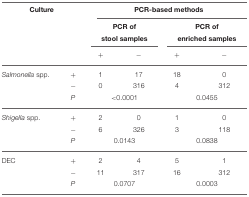
<table><thead><tr><td colspan="2"><b>Culture</b></td><td colspan="4"><b>PCR-based methods</b></td></tr><tr><td></td><td></td><td colspan="2"><b>PCR of stool samples</b></td><td colspan="2"><b>PCR of enriched samples</b></td></tr><tr><td colspan="2"></td><td><b>+</b></td><td><b>−</b></td><td><b>+</b></td><td><b>−</b></td></tr></thead><tbody><tr><td><i>Salmonella</i> spp.</td><td>+</td><td>1</td><td>17</td><td>18</td><td>0</td></tr><tr><td></td><td>−</td><td>0</td><td>316</td><td>4</td><td>312</td></tr><tr><td></td><td><i>P</i></td><td colspan="2">&lt; 0.0001</td><td colspan="2">0.0455</td></tr><tr><td><i>Shigella</i> spp.</td><td>+</td><td>2</td><td>0</td><td>1</td><td>0</td></tr><tr><td></td><td>−</td><td>6</td><td>326</td><td>3</td><td>118</td></tr><tr><td></td><td><i>P</i></td><td colspan="2">0.0143</td><td colspan="2">0.0838</td></tr><tr><td>DEC</td><td>+</td><td>2</td><td>4</td><td>5</td><td>1</td></tr><tr><td></td><td>−</td><td>11</td><td>317</td><td>16</td><td>312</td></tr><tr><td></td><td><i>P</i></td><td colspan="2">0.0707</td><td colspan="2">0.0003</td></tr></tbody></table>